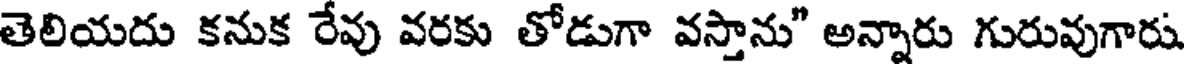
తెలియదు కనుక రేవు వరకు తోడుగా వస్తాను" అన్నారు గురువుగారు